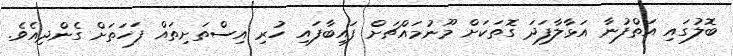
ބޮލުގައި އަތްފުނާ އަޅާލާފަދަ ގޮތަކަށް މޫނުމައްޗަށް ފައިބާފައި ހުރި އިސްތަށިތައް ފަހަތަށް ގެންދިއެވެ.